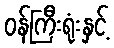
ဝန်ကြီးရုံးနှင့်